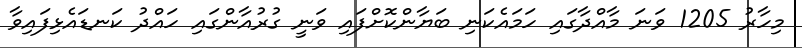
މިހާރު 1205 ވަނަ މާއްދާގައި ހަމައެކަނި ބަޔާންކޮށްފައި ވަނީ ގުރުއާންގައި ހައްދު ކަނޑައެޅިފައިވާ